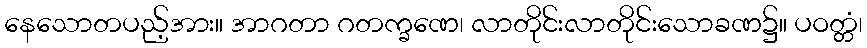
နေသောတပည့်အား။ အာဂတာ ဂတက္ခဏေ၊ လာတိုင်းလာတိုင်းသောခဏ၌။ ပဝတ္တံ၊